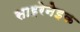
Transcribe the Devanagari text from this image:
साइरेनेइक